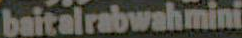
baitalrabwahmini